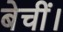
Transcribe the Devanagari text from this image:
बेचीं।